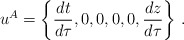
\begin{align*}u^A = \left\{ {{dt}\over {d\tau}}, 0,0,0,0,{{dz}\over{d\tau}} \right\}\, .\end{align*}